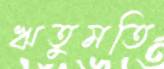
ঋতুমতি